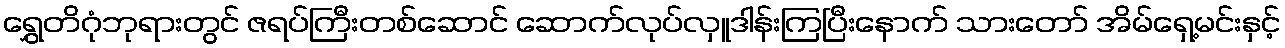
ရွှေတိဂုံဘုရားတွင် ဇရပ်ကြီးတစ်ဆောင် ဆောက်လုပ်လှူဒါန်းကြပြီးနောက် သားတော် အိမ်ရှေ့မင်းနှင့်